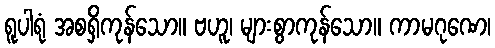
ရူပါရုံ အစရှိကုန်သော။ ဗဟူ၊ များစွာကုန်သော။ ကာမဂုဏေ၊